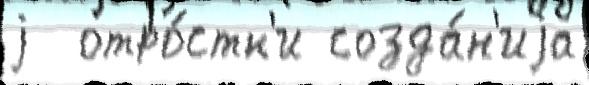
j  отро́стк'и созда́н'иjа